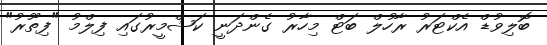
ބޮލިވުޑް އެކްޓަރު ރާހުލް ބަޓް މިހާރު ގެންދަނީ ކަޝްމީރުގައި ފިލްމު "ފިތޫރު"